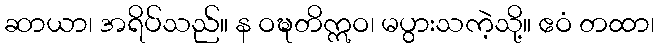
ဆာယာ၊ အရိပ်သည်။ န ဝဍ္ဎတိဣဝ၊ မပွားသကဲ့သို့။ ဧဝံ တထာ၊